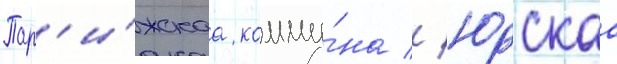
Пар'и́жскаа комму́на // Юрскаа